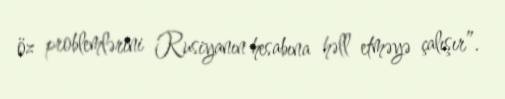
öz problemlərini Rusiyanın hesabına həll etməyə çalışır”.